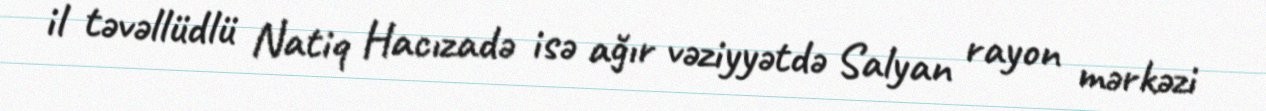
il təvəllüdlü Natiq Hacızadə isə ağır vəziyyətdə Salyan rayon mərkəzi